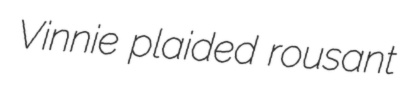
Vinnie plaided rousant